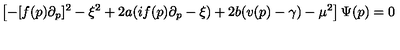
\left[ - [ f ( p ) \partial _ { p } ] ^ { 2 } - \xi ^ { 2 } + 2 a ( i f ( p ) \partial _ { p } - \xi ) + 2 b ( v ( p ) - \gamma ) - \mu ^ { 2 } \right] \Psi ( p ) = 0